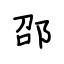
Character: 邵